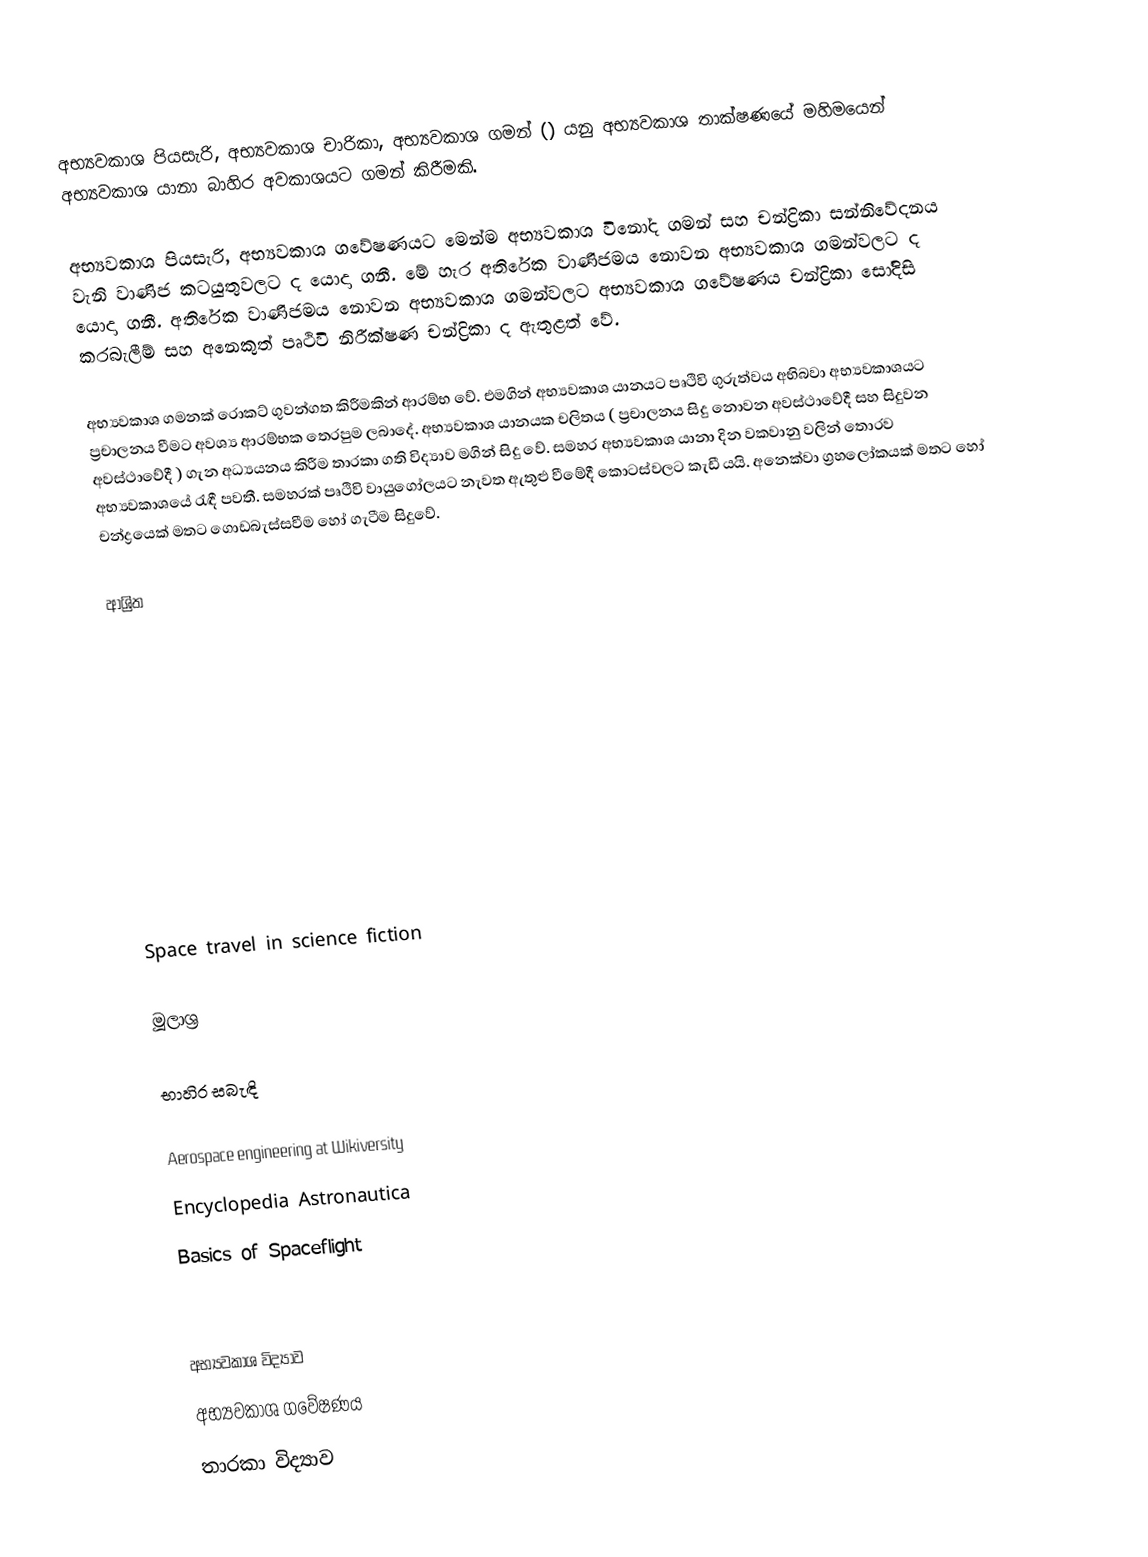
අභ්‍යවකාශ පියසැරි, අභ්‍යවකාශ චාරිකා, අභ්‍යවකාශ ගමන් () යනු අභ්‍යවකාශ තාක්ෂණයේ මහිමයෙන් අභ්‍යවකාශ යානා බාහිර අවකාශයට ගමන් කිරීමකි.

අභ්‍යවකාශ පියසැරි, අභ්‍යවකාශ ගවේෂණයට මෙන්ම අභ්‍යවකාශ විනෝද ගමන් සහ චන්ද්‍රිකා සන්නිවේදනය වැනි වාණිජ කටයුතුවලට ද යොදා ගනී. මේ හැර අතිරේක වාණිජමය නොවන අභ්‍යවකාශ ගමන්වලට ද යොදා ගනී. අතිරේක වාණිජමය නොවන අභ්‍යවකාශ ගමන්වලට අභ්‍යවකාශ ගවේෂණය චන්ද්‍රිකා සෝදිසි කරබැලීම් සහ අනෙකුත් පෘථිවි නිරීක්ෂණ චන්ද්‍රිකා ද ඇතුළත් වේ.

අභ්‍යවකාශ ගමනක් රොකට් ගුවන්ගත කිරීමකින් ආරම්භ වේ. එමගින් අභ්‍යවකාශ යානයට පෘථිවි ගුරුත්වය අභිබවා අභ්‍යවකාශයට ප්‍රචාලනය වීමට අවශ්‍ය ආරම්භක තෙරපුම ලබාදේ. අභ්‍යවකාශ යානයක චලිතය ( ප්‍රචාලනය සිදු නොවන අවස්ථාවේදී සහ සිදුවන අවස්ථාවේදී ) ගැන අධ්‍යයනය කිරීම තාරකා ගති විද්‍යාව මගින් සිදු වේ. සමහර අභ්‍යවකාශ යානා දින වකවානු වලින් තොරව අභ්‍යවකාශයේ රැඳී පවතී. සමහරක් පෘථිවි වායුගෝලයට නැවත ඇතුළු වීමේදී කොටස්වලට කැඩී යයි. අනෙක්වා ග්‍රහලෝකයක් මතට හෝ චන්ද්‍රයෙක් මතට ගොඩබැස්සවීම හෝ ගැටීම සිදුවේ.

ආශ්‍රිත

 Space travel in science fiction

මූලාශ්‍ර

භාහිර සබැඳි

 Aerospace engineering at Wikiversity
 Encyclopedia Astronautica
 Basics of Spaceflight

අභ්‍යවකාශ විද්‍යාව
අභ්‍යවකාශ ගවේෂණය
තාරකා විද්‍යාව